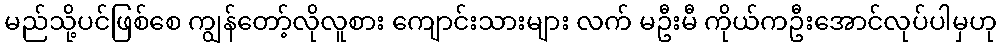
မည်သို့ပင်ဖြစ်စေ ကျွန်တော့်လိုလူစား ကျောင်းသားများ လက် မဦးမီ ကိုယ်ကဦးအောင်လုပ်ပါမှဟု